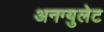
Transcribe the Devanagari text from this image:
अनग्युलेट